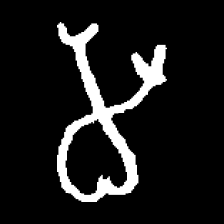
Pyu character \u2014 Myanmar letter: မ (romanized: ma)